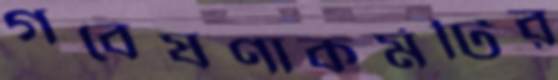
গবেষণাকর্মটির